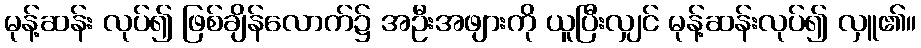
မုန့်ဆန်း လုပ်၍ ဖြစ်ချိန်လောက်၌ အဦးအဖျားကို ယူပြီးလျှင် မုန့်ဆန်းလုပ်၍ လှူ၏။